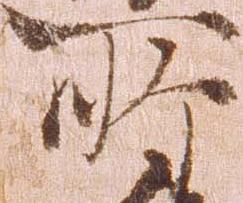
所